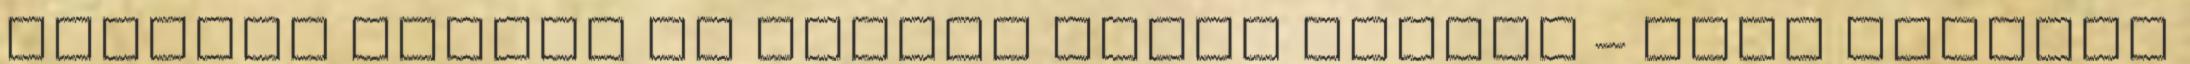
fegyver került az Iszlám Állam kezébe – Napi Migráns